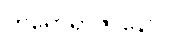
တိရောရာဇာနောပိ